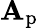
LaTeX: \mathbf{A}_{\textup{{p}}}